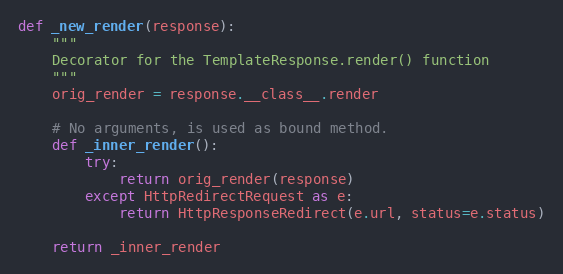
Language: Python
def _new_render(response):
    """
    Decorator for the TemplateResponse.render() function
    """
    orig_render = response.__class__.render

    # No arguments, is used as bound method.
    def _inner_render():
        try:
            return orig_render(response)
        except HttpRedirectRequest as e:
            return HttpResponseRedirect(e.url, status=e.status)

    return _inner_render